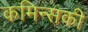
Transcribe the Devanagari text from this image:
कमिन्सकी